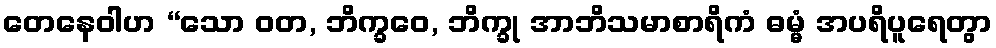
တေနေဝါဟ “သော ဝတ, ဘိက္ခဝေ, ဘိက္ခု အာဘိသမာစာရိကံ ဓမ္မံ အပရိပူရေတွာ